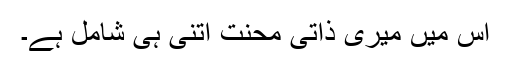
اس میں میری ذاتی محنت اتنی ہی شامل ہے۔